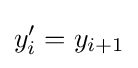
y_{i}'=y_{i+1}